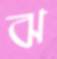
ঝ